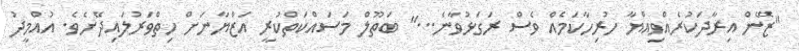
''ޒޭން އިރާދަކުރެއްވިއްޔާ ހުރިހާކަމެއް ވެސް ރަގަޅުވާނެ...'' ބަތޫލް މަސައްކަތްކުރީ އަޒްޔާނަށް ހިތްވަރުލައިދޭށެވެ. އުއްމީދު